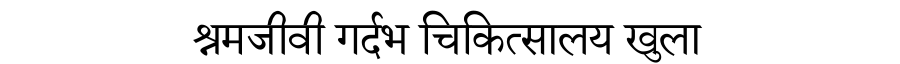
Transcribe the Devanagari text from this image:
श्रमजीवी गर्दभ चिकित्सालय खुला